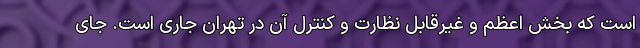
است که بخش اعظم و غیرقابل نظارت و کنترل آن در تهران جاری است. جای